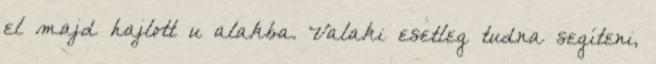
el majd hajlott u alakba. Valaki esetleg tudna segíteni,